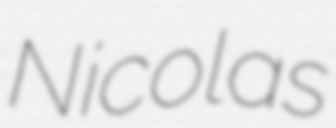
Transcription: Nicolas